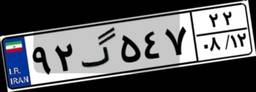
۹۲گ۵۴۷۲۲